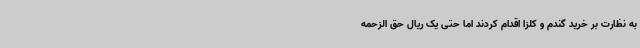
به نظارت بر خرید گندم و کلزا اقدام کردند اما حتی یک ریال حق الزحمه